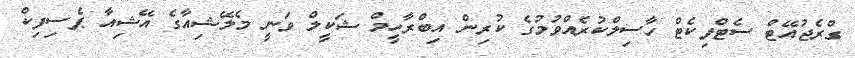
ގްރެޖުއޭޓް ސެޓްފިކެޓް ހާސިލްކުރެއްވުމުގެ ކުރިން އިބްރާހީމް ޝަކީލް ވަނީ މެލޭޝިއާގެ އޭޝިއާ ޕެސިފިކް